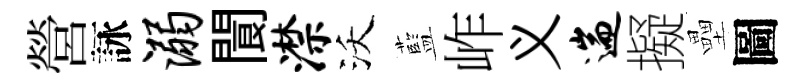
營詠溺閬潸沃藍岞义遄擬壘圖